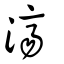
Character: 濟